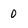
Character: 0